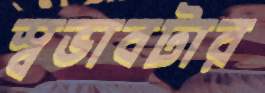
স্বভাবটার